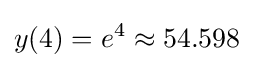
y(4)=e^{4}\approx 54.598